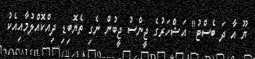
ޔޫ އާ ދަ ބެސްޓު" އަޝްހަރުގެ ޖީންސު ޖީބުން ނެގި ތެޔޮބިޑި ދިއްކޮއްލުމާއިއެކު